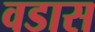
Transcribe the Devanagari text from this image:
वडास